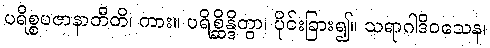
ပရိစ္စပဇာနာတီတိ၊ ကား။ ပရိစ္ဆိန္ဒိတွာ၊ ပိုင်းခြား၍။ သရာဂါဒိဝသေန၊